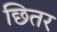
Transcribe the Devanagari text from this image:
छितर